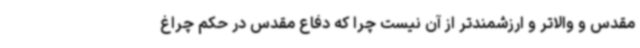
مقدس و والاتر و ارزشمندتر از آن نیست چرا که دفاع مقدس در حکم چراغ